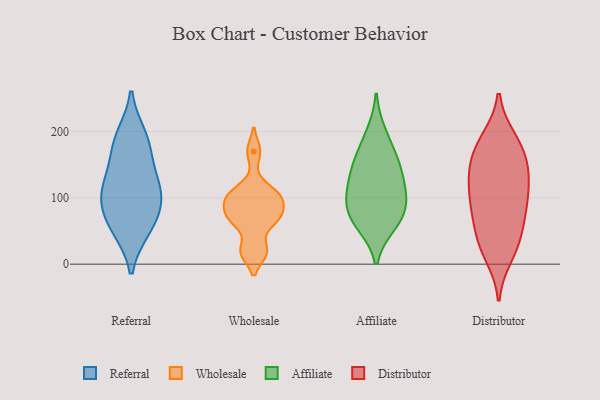
{"axis": {"x": "Tickets Resolved", "y": "Value"}, "legend": ["Affiliate", "Distributor", "Referral", "Wholesale"], "data": [{"x": "", "y": 77, "type": "Referral"}, {"x": "", "y": 103, "type": "Referral"}, {"x": "", "y": 100, "type": "Referral"}, {"x": "", "y": 161, "type": "Referral"}, {"x": "", "y": 53, "type": "Referral"}, {"x": "", "y": 54, "type": "Referral"}, {"x": "", "y": 193, "type": "Referral"}, {"x": "", "y": 114, "type": "Referral"}, {"x": "", "y": 127, "type": "Referral"}, {"x": "", "y": 186, "type": "Referral"}, {"x": "", "y": 69, "type": "Wholesale"}, {"x": "", "y": 69, "type": "Wholesale"}, {"x": "", "y": 170, "type": "Wholesale"}, {"x": "", "y": 19, "type": "Wholesale"}, {"x": "", "y": 104, "type": "Wholesale"}, {"x": "", "y": 111, "type": "Wholesale"}, {"x": "", "y": 68, "type": "Wholesale"}, {"x": "", "y": 91, "type": "Wholesale"}, {"x": "", "y": 19, "type": "Wholesale"}, {"x": "", "y": 98, "type": "Wholesale"}, {"x": "", "y": 60, "type": "Affiliate"}, {"x": "", "y": 62, "type": "Affiliate"}, {"x": "", "y": 166, "type": "Affiliate"}, {"x": "", "y": 139, "type": "Affiliate"}, {"x": "", "y": 155, "type": "Affiliate"}, {"x": "", "y": 89, "type": "Affiliate"}, {"x": "", "y": 75, "type": "Affiliate"}, {"x": "", "y": 198, "type": "Affiliate"}, {"x": "", "y": 104, "type": "Affiliate"}, {"x": "", "y": 104, "type": "Affiliate"}, {"x": "", "y": 127, "type": "Affiliate"}, {"x": "", "y": 189, "type": "Distributor"}, {"x": "", "y": 107, "type": "Distributor"}, {"x": "", "y": 42, "type": "Distributor"}, {"x": "", "y": 150, "type": "Distributor"}, {"x": "", "y": 83, "type": "Distributor"}, {"x": "", "y": 13, "type": "Distributor"}, {"x": "", "y": 32, "type": "Distributor"}, {"x": "", "y": 64, "type": "Distributor"}, {"x": "", "y": 99, "type": "Distributor"}, {"x": "", "y": 131, "type": "Distributor"}, {"x": "", "y": 183, "type": "Distributor"}, {"x": "", "y": 73, "type": "Distributor"}, {"x": "", "y": 23, "type": "Distributor"}, {"x": "", "y": 152, "type": "Distributor"}, {"x": "", "y": 130, "type": "Distributor"}, {"x": "", "y": 183, "type": "Distributor"}, {"x": "", "y": 156, "type": "Distributor"}, {"x": "", "y": 104, "type": "Distributor"}]}